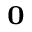
_ { \mathbf { 0 } }